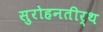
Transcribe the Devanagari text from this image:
सुरोहनतीर्थ